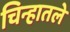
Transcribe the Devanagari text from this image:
चिन्हातले